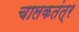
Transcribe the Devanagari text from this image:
चालकतंत्र